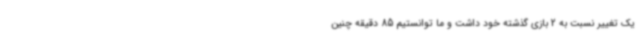
یک تغییر نسبت به 2 بازی گذشته خود داشت و ما توانستیم 85 دقیقه چنین